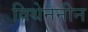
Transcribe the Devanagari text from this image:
विथेनेनीन